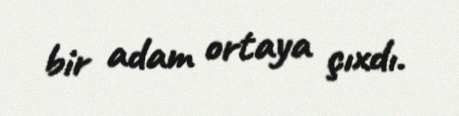
bir adam ortaya çıxdı.